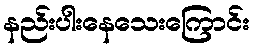
နည်းပါးနေသေးကြောင်း